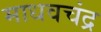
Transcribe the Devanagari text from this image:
माधवचंद्र